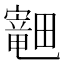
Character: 𪽣